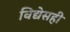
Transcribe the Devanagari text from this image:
विद्येसही